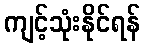
ကျင့်သုံးနိုင်ရန်